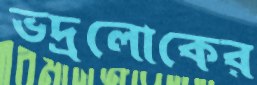
ভদ্রলোকের